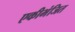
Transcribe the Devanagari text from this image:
एकीभंजित